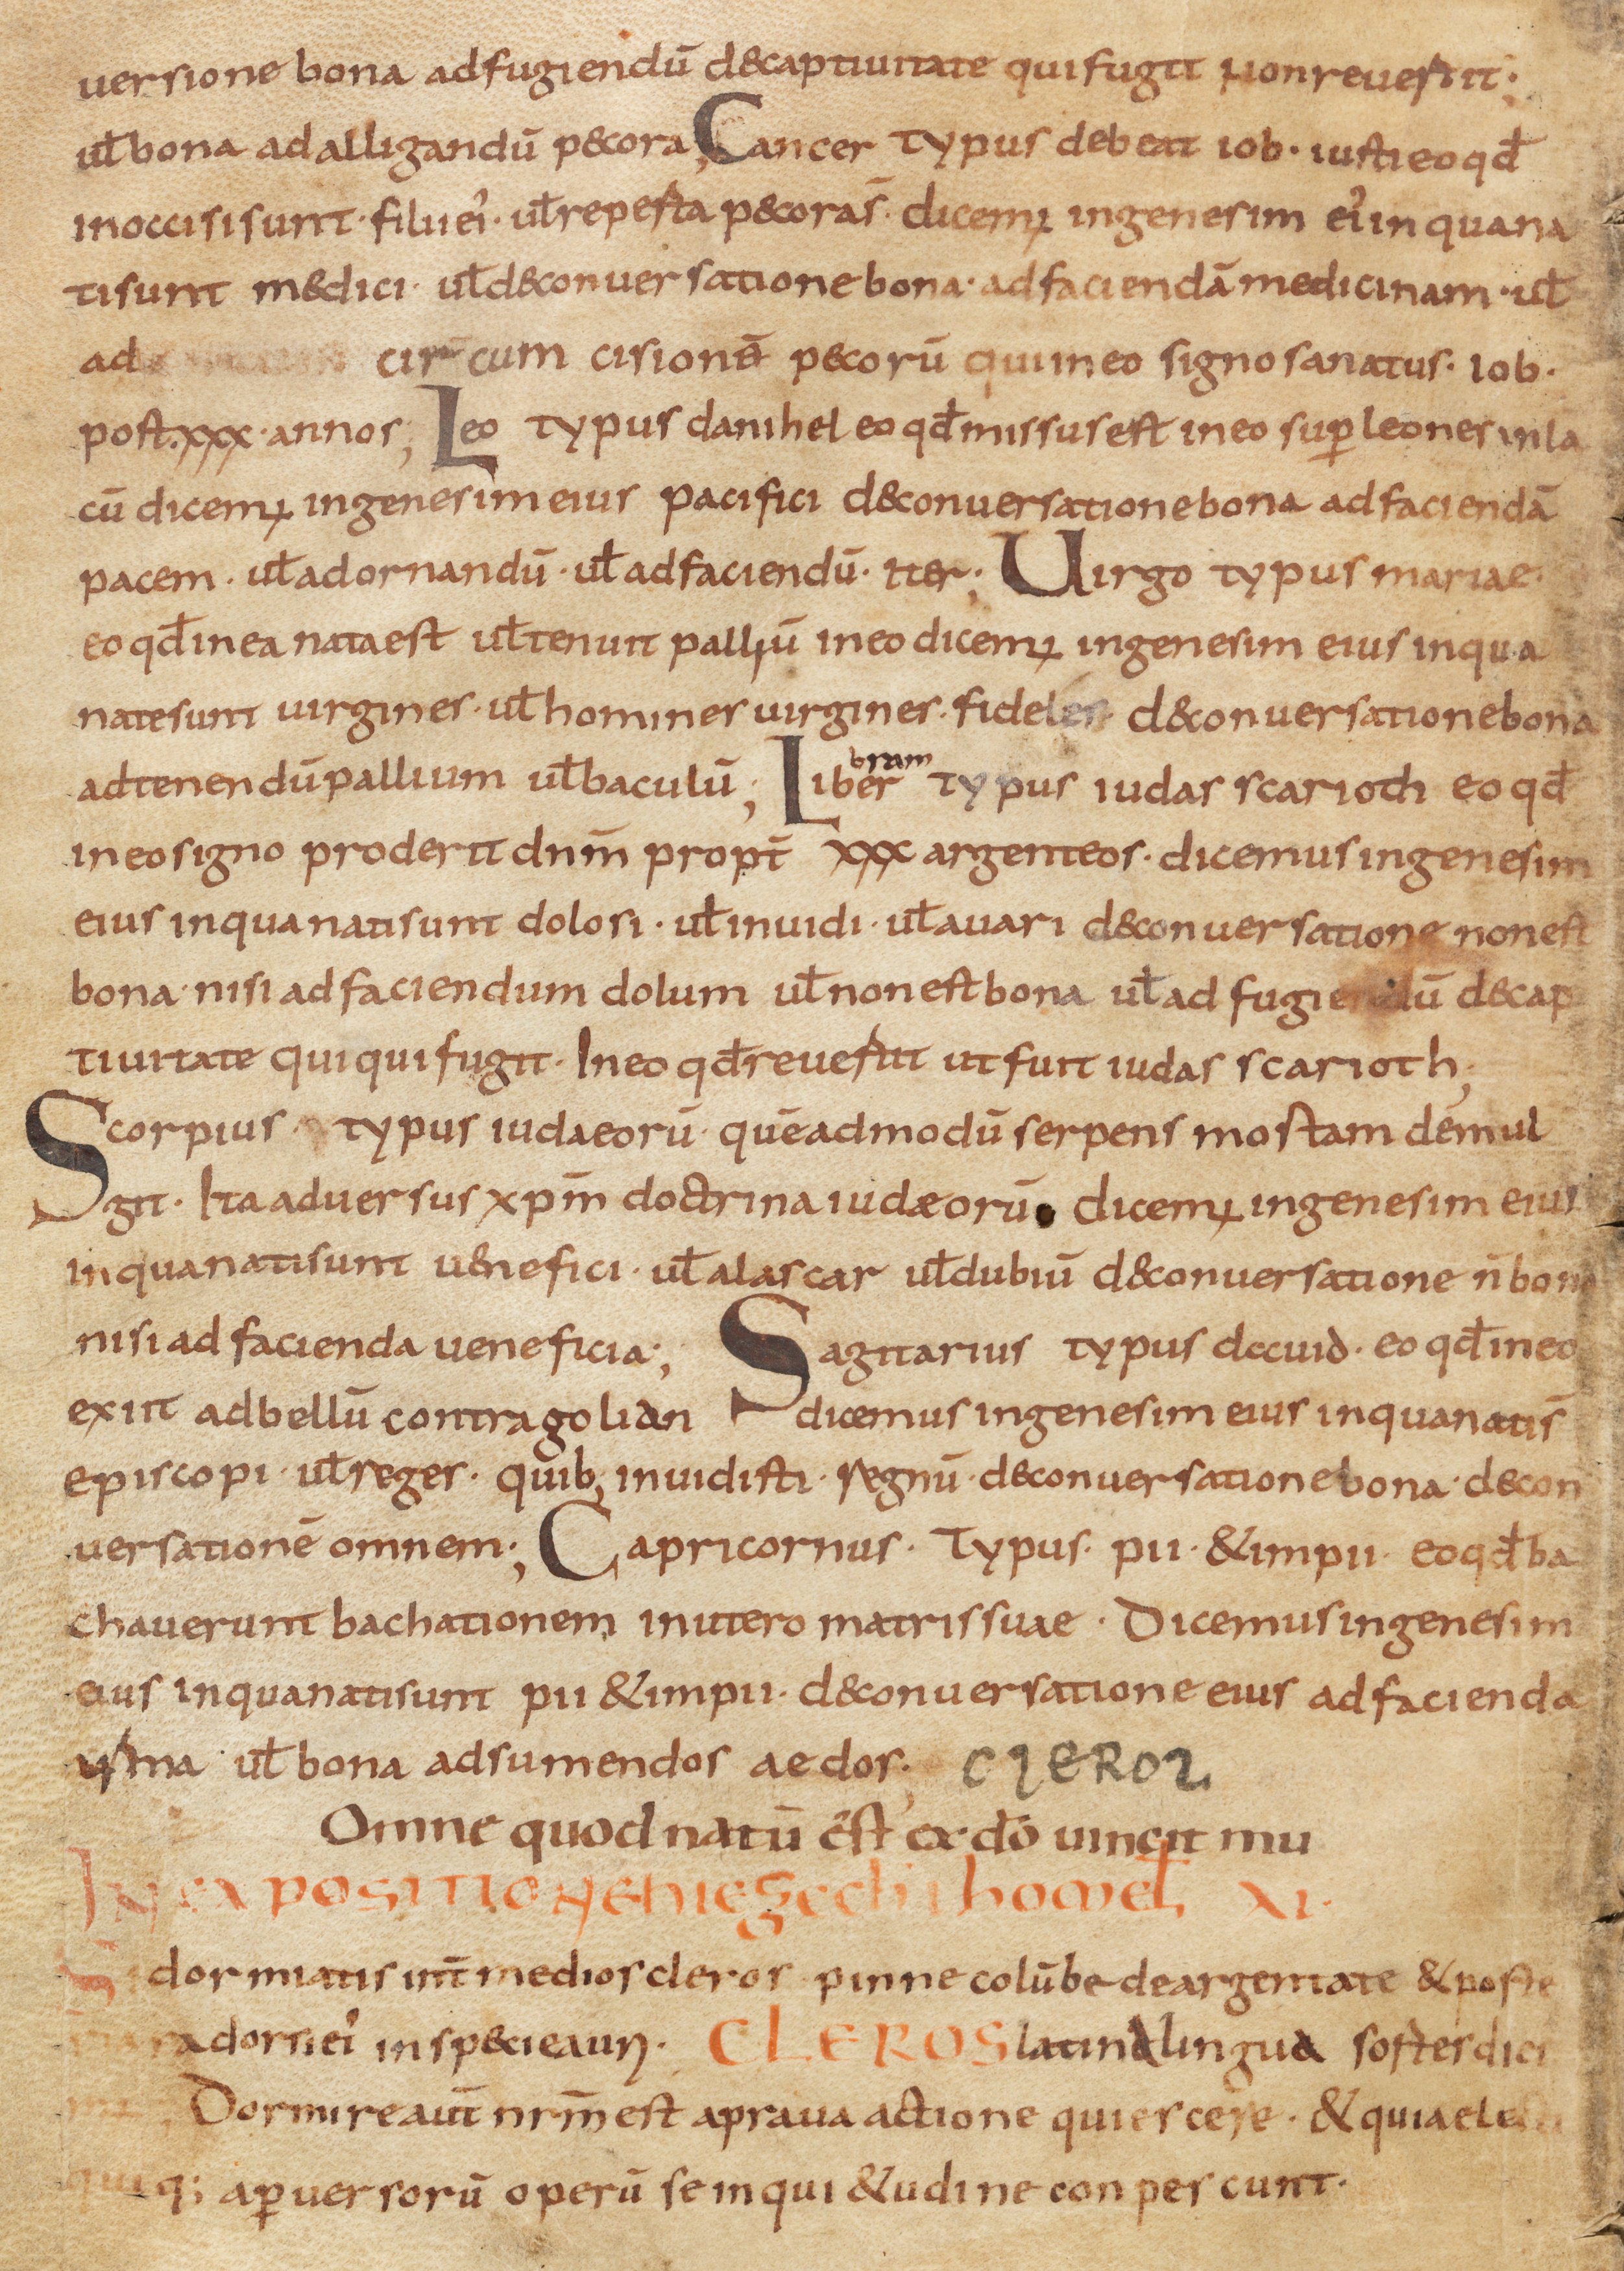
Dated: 800–849